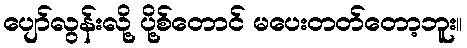
ပျော်လွန်းလို့ ပို့စ်တောင် မပေးတတ်တော့ဘူး။